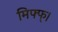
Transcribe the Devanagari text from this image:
मिफ्फ्।